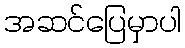
အဆင်ပြေမှာပါ